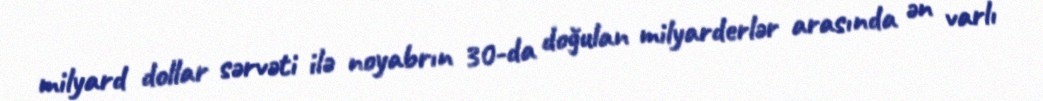
milyard dollar sərvəti ilə noyabrın 30-da doğulan milyarderlər arasında ən varlı